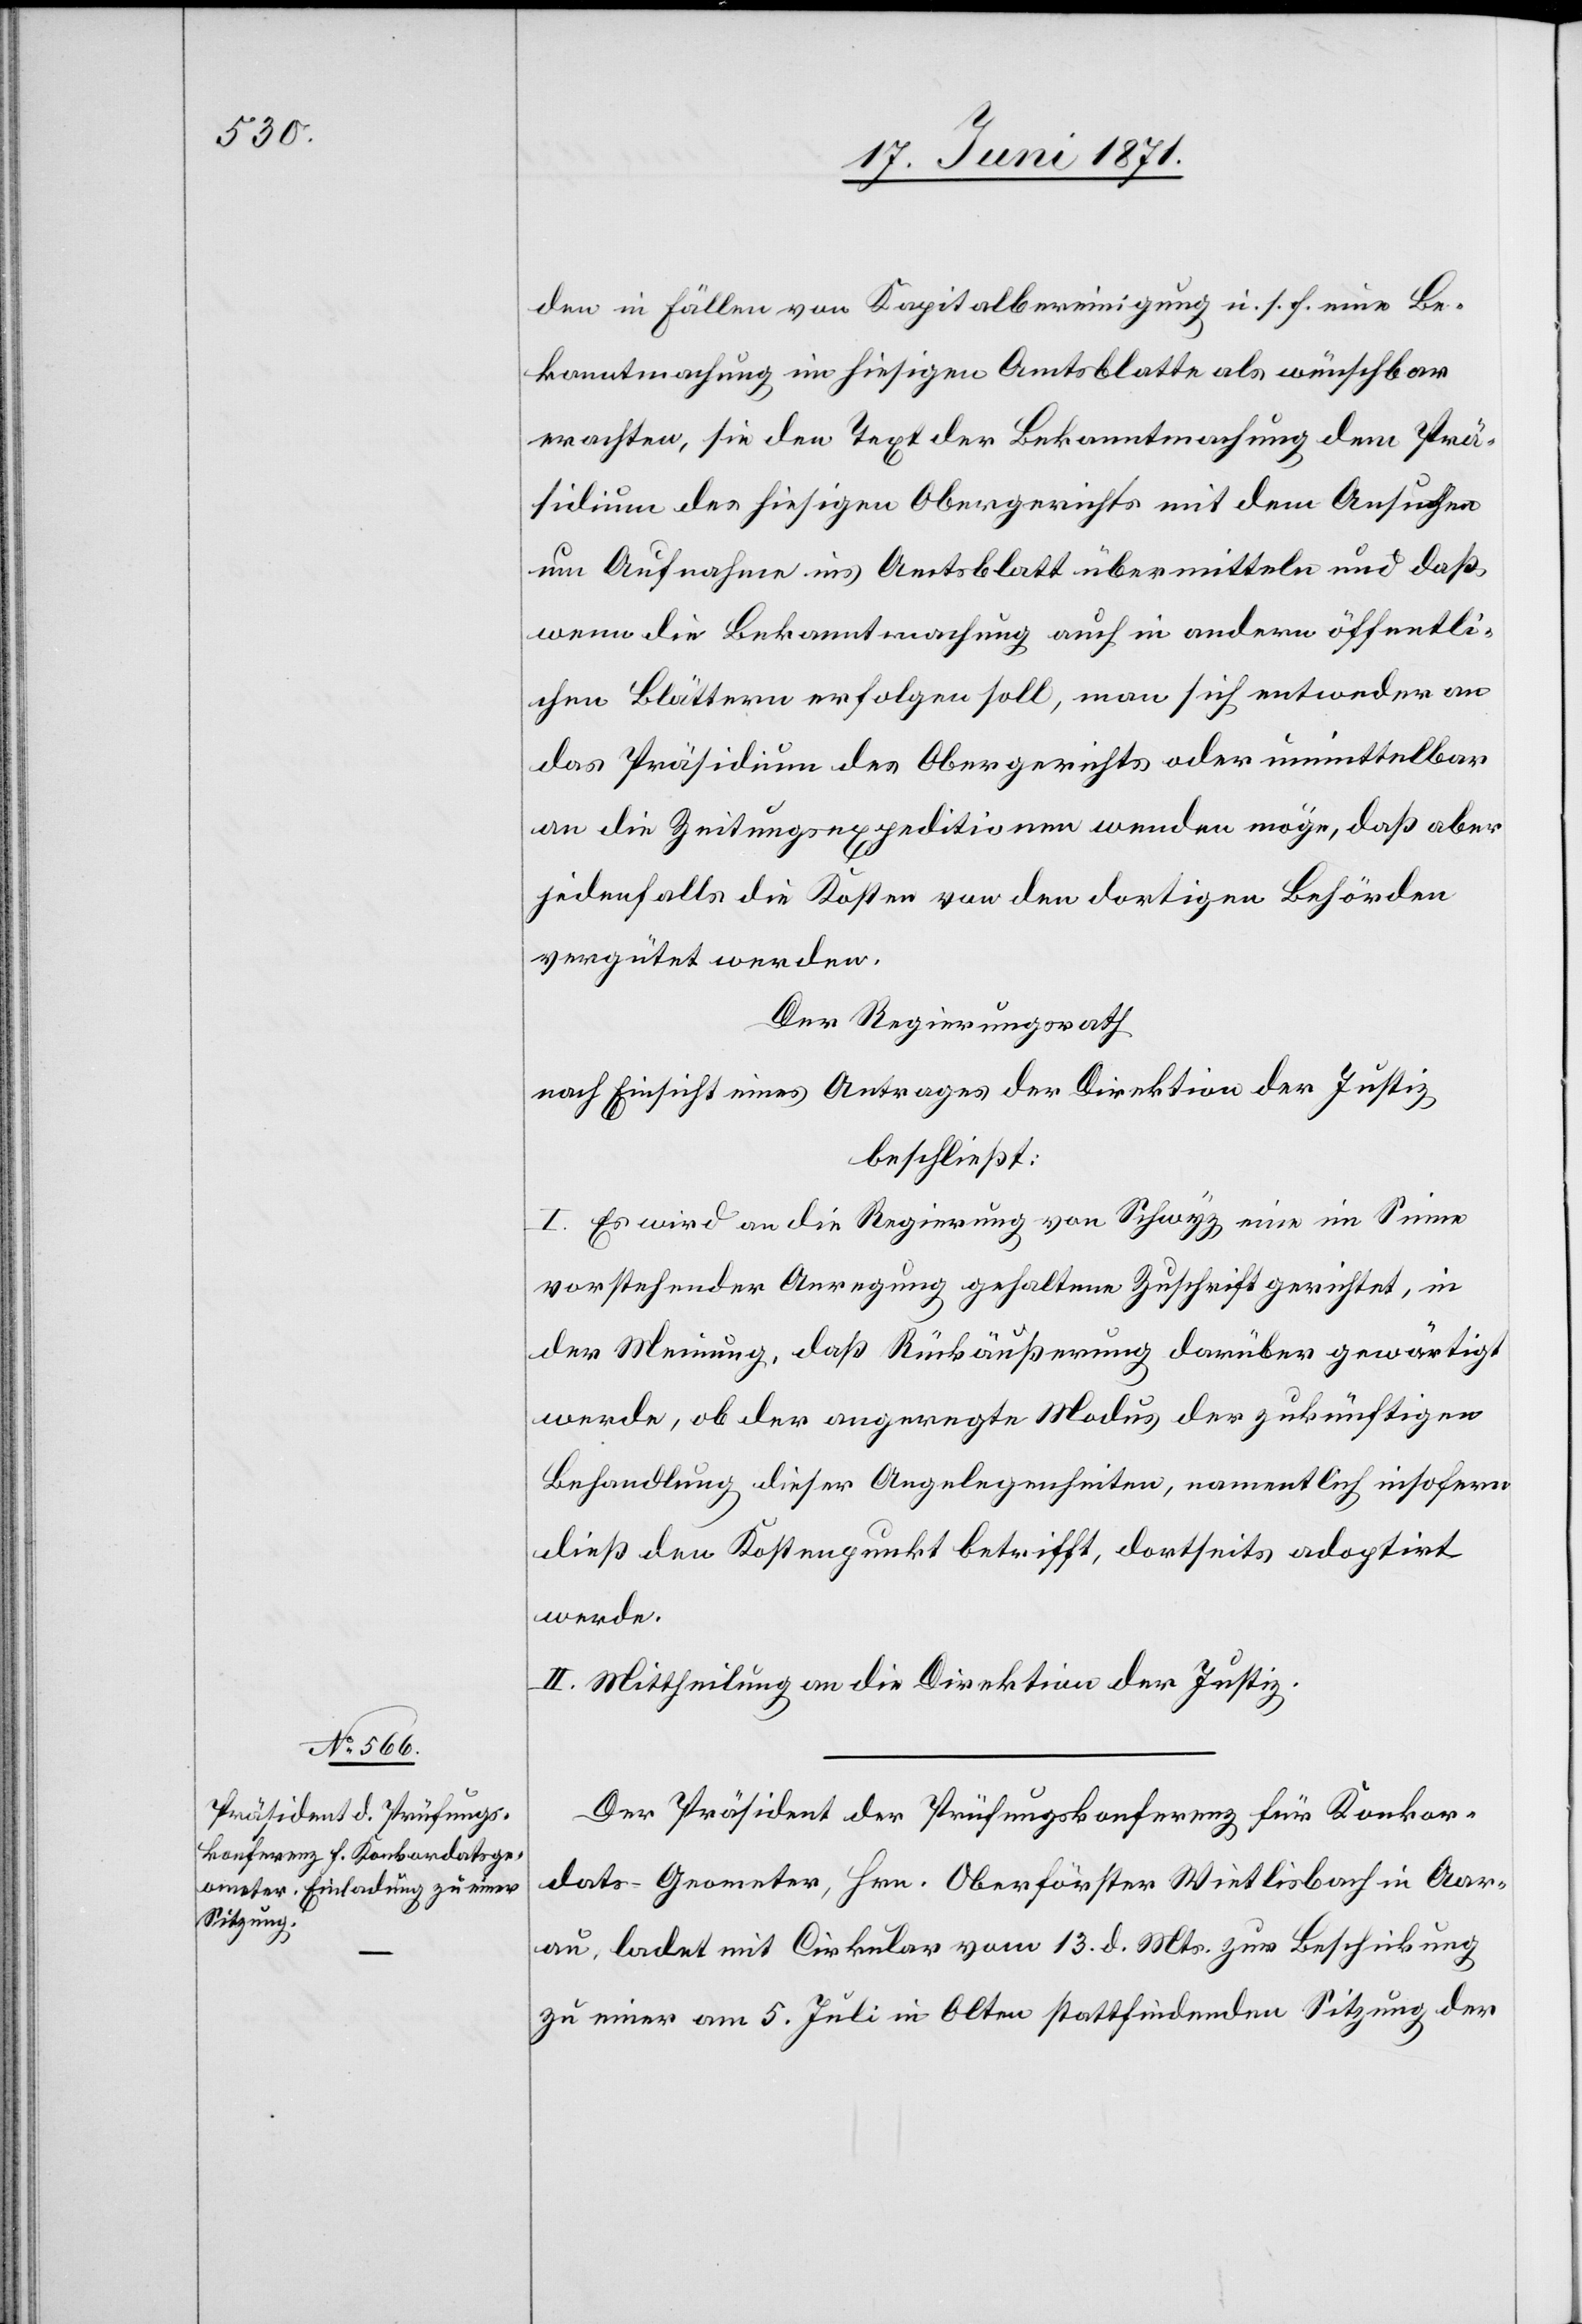
den in Fällen von Kapitalbereinigung u. s. f. eine Be¬
kanntmachung im hiesigen Amtsblatte als wünschbar
erachten, sie den Text der Bekanntmachung dem Prä¬
sidium des hiesigen Obergerichts mit dem Ansuchen
um Aufnahme ins Amtsblatt übermitteln und daß
wenn die Bekanntmachung auch in andern öffentli¬
chen Blättern erfolgen soll, man sich entweder an
das Präsidium des Obergerichts oder unmittelbar
an die Zeitungsexpeditionen wenden möge, daß aber
jedenfalls die Kosten von den dortigen Behörden
vergütet werde.
Der Regierungsrath
nach Einsicht eines Antrages der Direktion der Justiz,
beschließt:
1. Es wird an die Regierung von Schwyz eine im Sinne
vorstehender Anregung gehaltene Zuschrift gerichtet, in
der Meinung, daß Rückäußerung darüber gewärtigt
werde, ob der angeregt Modus der zukünftigen
Behandlung dieser Angelegenheiten, namentlich insofern
dieß den Kostenpunkt betrifft, dortseits adoptirt
werde.
II. Mittheilung an die Direktion der Justiz.
Der Präsident der Prüfungskonferenz für Konkor¬
dats-Geometer, Hrn. Oberförster Wietlisbach in Aar¬
au, ladet mit Cirkular vom 13. d. Mts. zur Beschickung
zu einer am 5. Juli in Olten stattfindenden Sitzung der